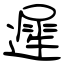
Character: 遲